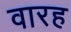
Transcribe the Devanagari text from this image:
वारह